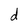
Character: d